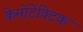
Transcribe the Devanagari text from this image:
केमोटेक्टिक